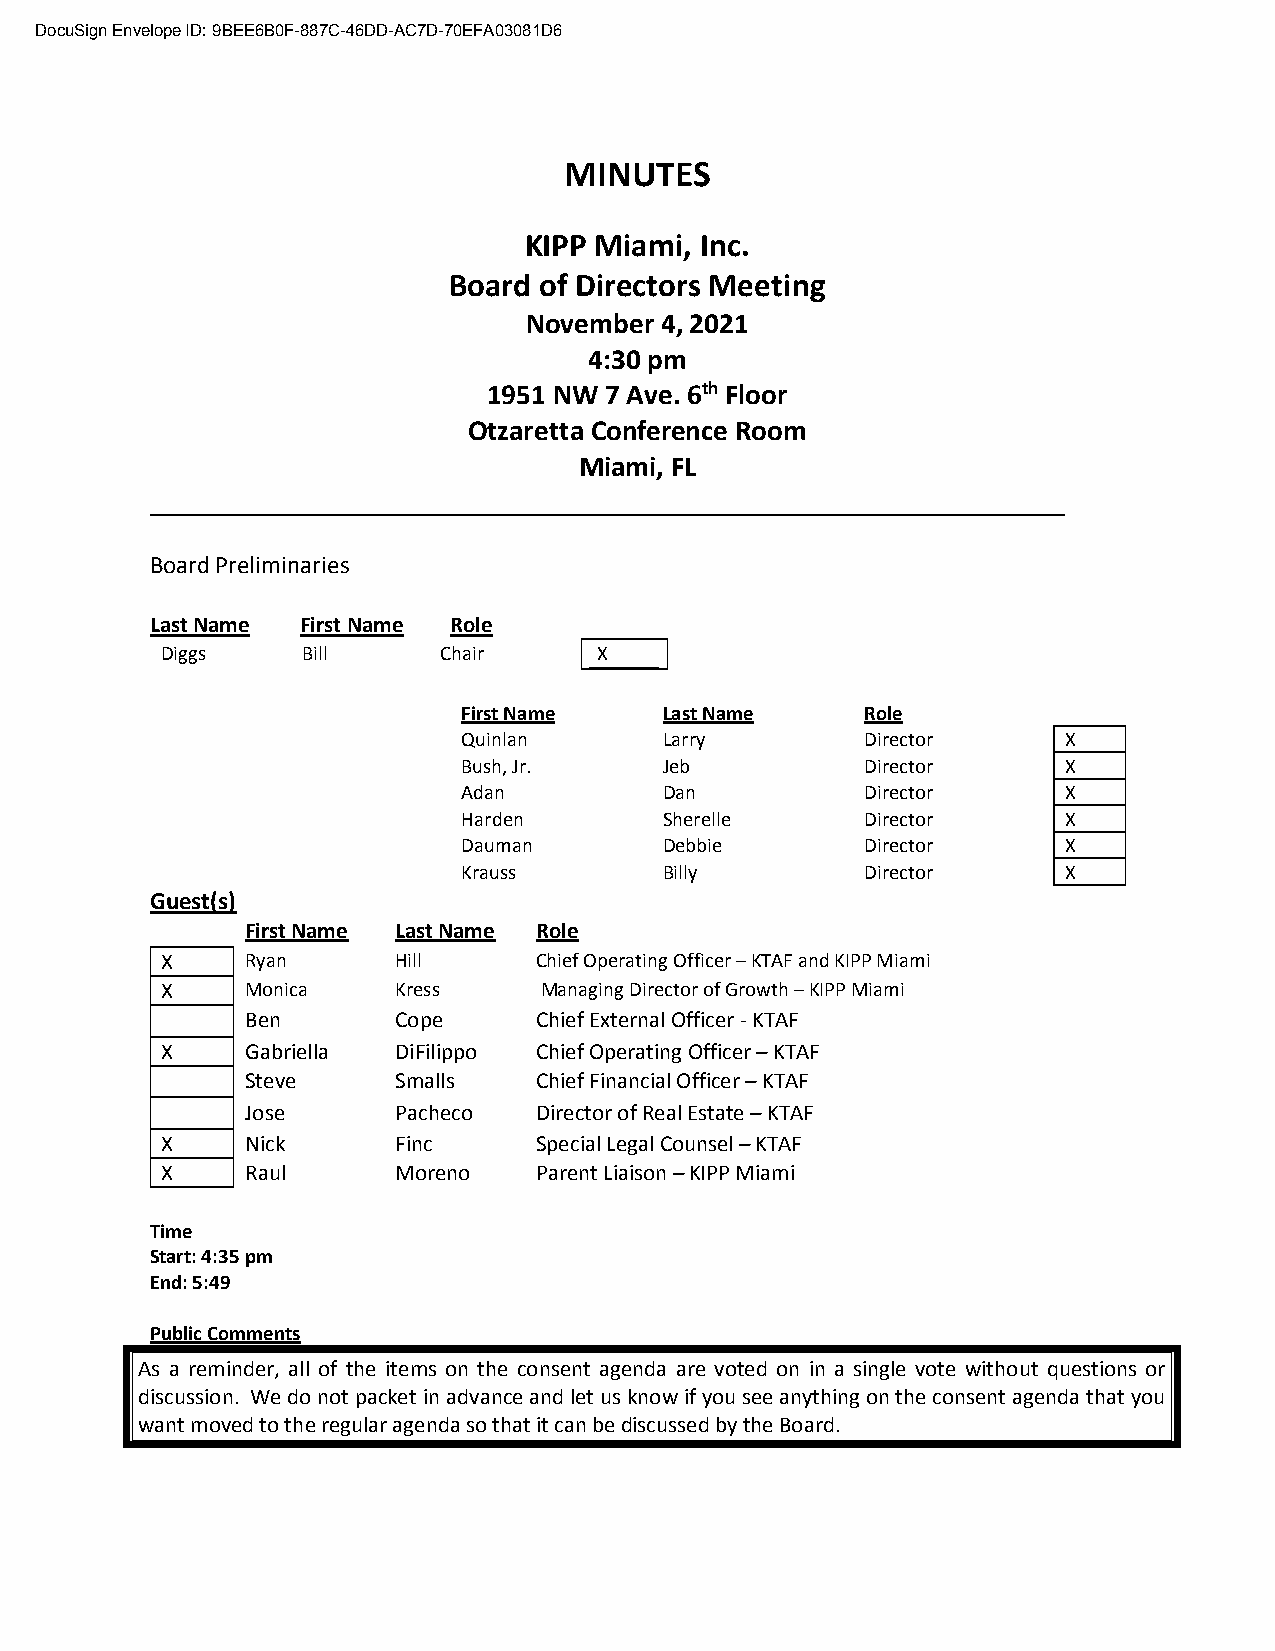
DocuSign Envelope ID: 9BEE6B0F-887C-46DD-AC7D-70EFA03081D6
 MINUTES
 KIPP Miami, Inc.
 Board of Directors Meeting
 November 4, 2021
 4:30 pm
 1951 NW 7 Ave. 6th Floor
 Otzaretta Conference Room
 Miami, FL
 _______________________________________________________________
 Board Preliminaries
 Last Name First Name Role
 Diggs    Bill     Chair      X
 First Name   Last Name    Role
 Quinlan      Larry        Director      X
 Bush, Jr.    Jeb          Director      X
 Adan         Dan          Director      X
 Harden       Sherelle     Director      X
 Dauman       Debbie       Director      X
 Krauss       Billy        Director      X
 Guest(s)
 First Name Last Name Role
 X    Ryan      Hill     Chief Operating Officer – KTAF and KIPP Miami
 X    Monica    Kress     Managing Director of Growth – KIPP Miami
 Ben       Cope     Chief External Officer - KTAF
 X    Gabriella DiFilippo Chief Operating Officer – KTAF
 Steve     Smalls   Chief Financial Officer – KTAF
 Jose      Pacheco  Director of Real Estate – KTAF
 X    Nick      Finc     Special Legal Counsel – KTAF
 X    Raul      Moreno   Parent Liaison – KIPP Miami
 Time
 Start: 4:35 pm
 End: 5:49
 Public Comments
 As a reminder, all of the items on the consent agenda are voted on in a single vote without questions or
 discussion. We do not packet in advance and let us know if you see anything on the consent agenda that you
 want moved to the regular agenda so that it can be discussed by the Board.